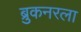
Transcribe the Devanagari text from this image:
ब्रुकनरला